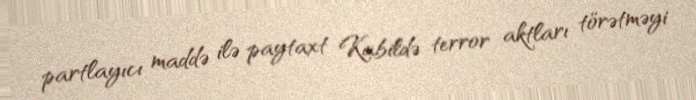
partlayıcı maddə ilə paytaxt Kabildə terror aktları törətməyi